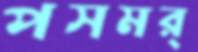
পসমর্